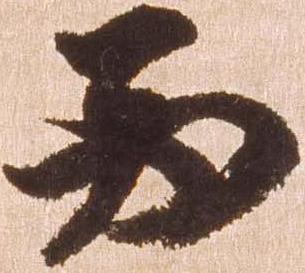
西